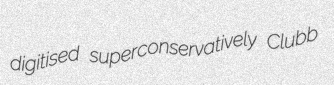
digitised superconservatively Clubb